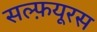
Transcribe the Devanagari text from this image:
सल्फ़यूरस